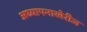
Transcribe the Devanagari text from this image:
अध्यापनाखेरीज